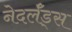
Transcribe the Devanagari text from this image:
नेदर्लँड्स